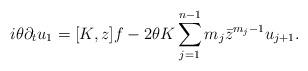
LaTeX: \begin{align*}i\theta\partial_tu_1=[K,z]f-2\theta K\sum_{j=1}^{n-1}m_j\bar{z}^{m_j-1}u_{j+1}.\end{align*}